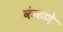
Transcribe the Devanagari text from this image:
कंकणे